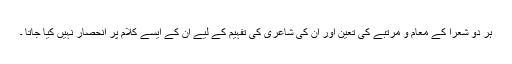
ہر دو شعرا کے معام و مرتبے کی تعین اور ان کی شاعری کی تفہیم کے لیے ان کے ایسے کلام پر انحصار نہیں کیا جاتا ۔